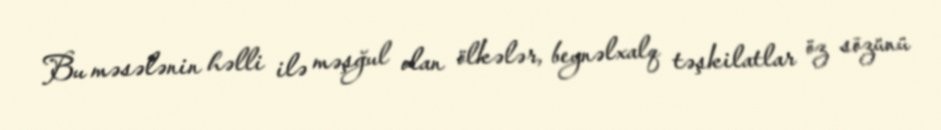
Bu məsələnin həlli ilə məşğul olan ölkələr, beynəlxalq təşkilatlar öz sözünü